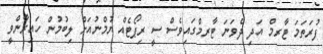
ފުރަތަމަ ޓާރމް އަދި ދެވަނަ ޓާރމްގައިވެސް ސީ ރިޕޯޓެއް ޔުމްނުއަށް ލިބުމުން ހައިރާންވީ